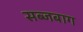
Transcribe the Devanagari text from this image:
सब्जबाग